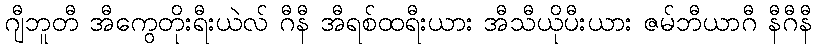
ဂျီဘူတီ အီကွေတိုးရီးယဲလ် ဂီနီ အီရစ်ထရီးယား အီသီယိုပီးယား ဇမ်ဘီယာဂီ နီဂီနီ